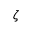
\zeta